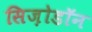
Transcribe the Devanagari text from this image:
सिज़ोडॉन